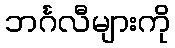
ဘင်္ဂလီများကို